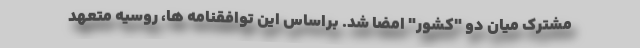
مشترک میان دو "کشور" امضا شد. براساس این توافقنامه ها، روسیه متعهد